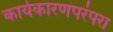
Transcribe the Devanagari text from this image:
कार्यकारणपरंपरा